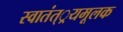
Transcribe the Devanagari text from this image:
स्वातंत््रयमूलक